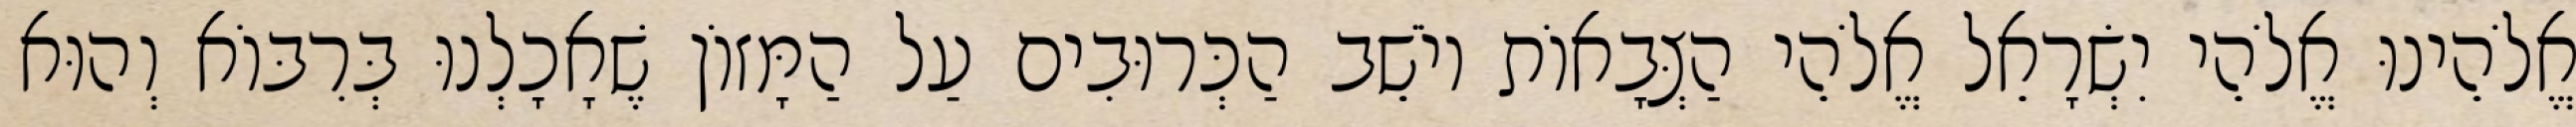
אֱלֹהֵינוּ אֱלֹהֵי יִשְׂרָאֵל אֱלֹהֵי הַצְּבָאוֹת יוֹשֵׁב הַכְּרוּבִים עַל הַמָּזוֹן שֶׁאָכָלְנוּ בְּרִבּוֹא וְהוּא